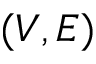
( V , E )